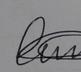
Signature authenticity: genuine